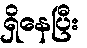
ရှိနေပြီး